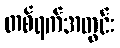
တစ်ရက်အတွင်း